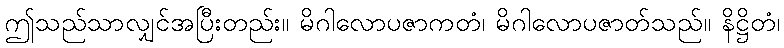
ဤသည်သာလျှင်အပြီးတည်း။ မိဂါလောပဇာကတံ၊ မိဂါလောပဇာတ်သည်။ နိဋ္ဌိတံ၊